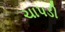
ચાપડી